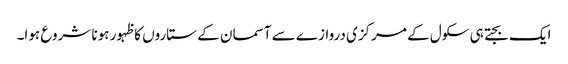
ایک بجتے ہی سکول کے مرکزی دروازے سے آسمان کے ستاروں کا ظہور ہونا شروع ہوا۔